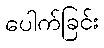
ပေါက်ခြင်း